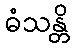
ဓံသန္တိ